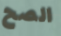
الصح